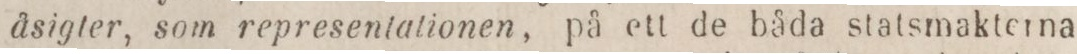
åsigter, som representationen, på ett de båda statsmakterna